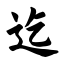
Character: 迄